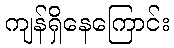
ကျန်ရှိနေကြောင်း